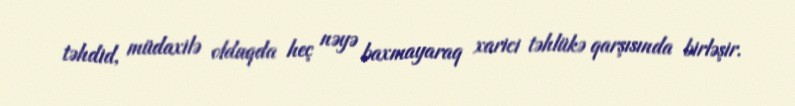
təhdid, müdaxilə olduqda heç nəyə baxmayaraq xarici təhlükə qarşısında birləşir.